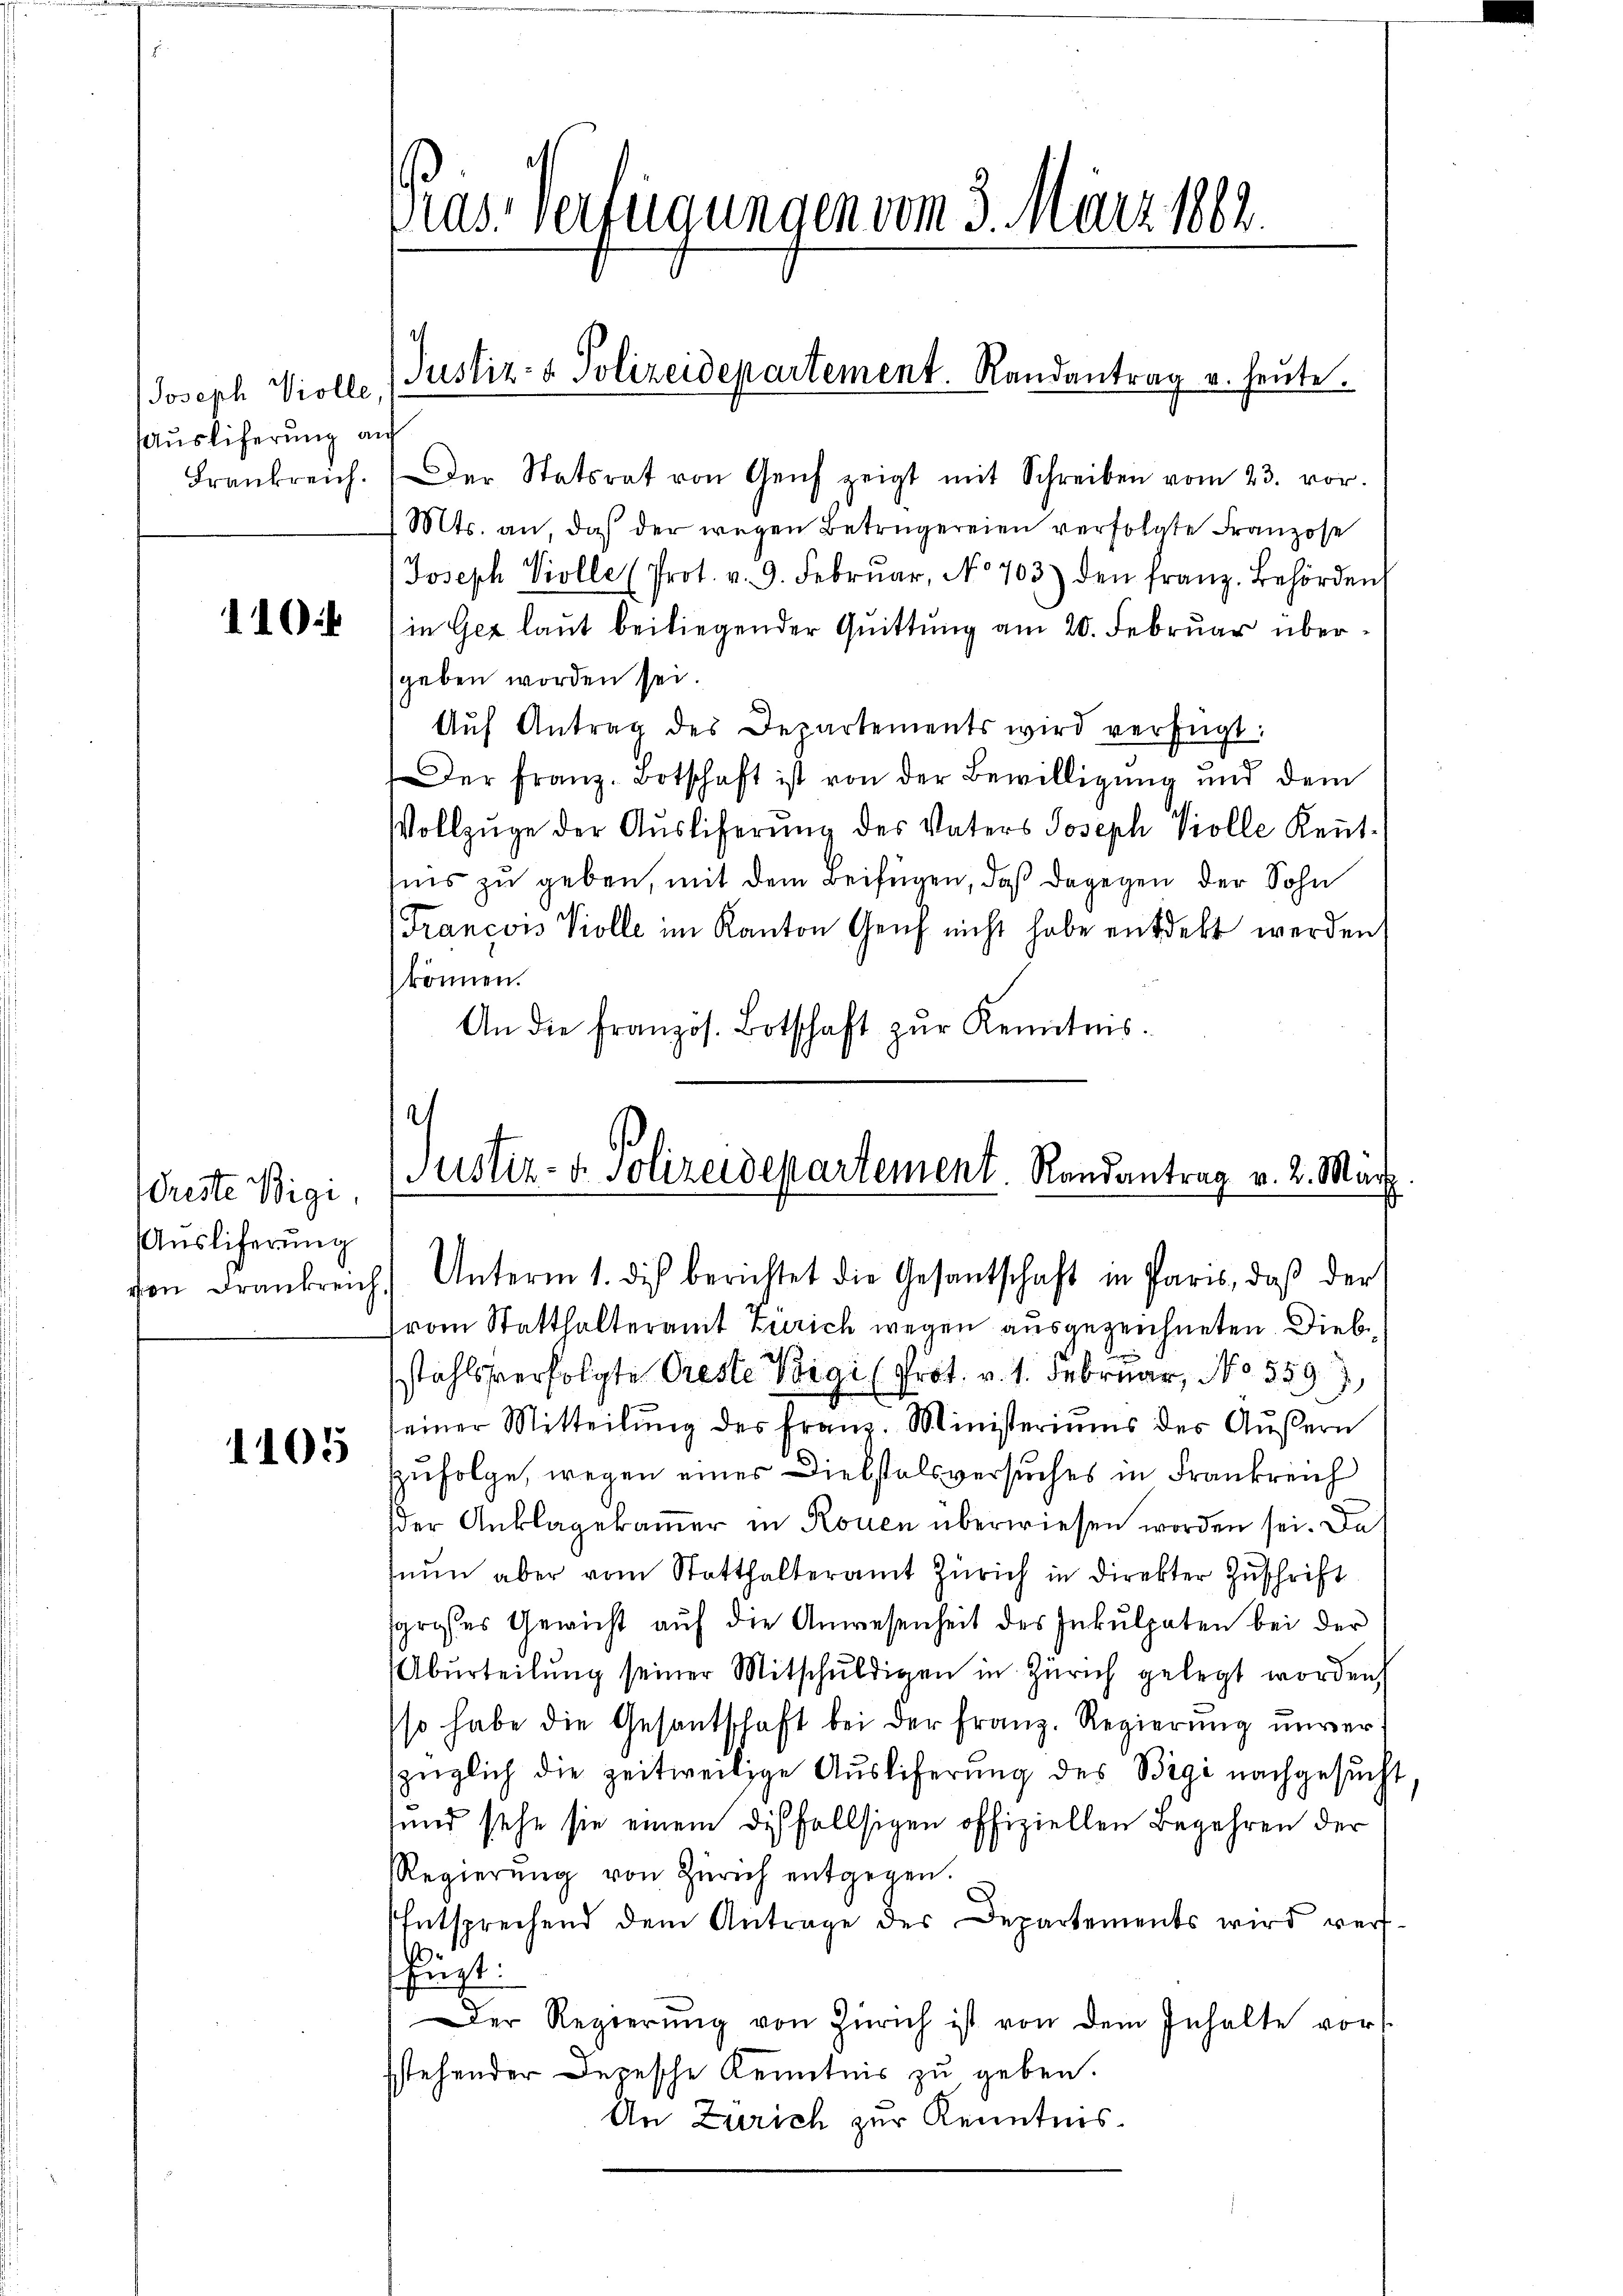
Joseph Violle.
Ausliferung an
Frankreich.

110.

reste Vigi
Auslicherung
vion dranken

1105

Der Statsrat von Genf zeigt mit Schreiben vom 23. vor.
Mts. an, daß der wegen Betrügereien verfolgte Franzose
Joseph Violle (Prot. v. 9. Febrŭar, No 703) den franz. Behörden
in Gez laut beiliegender Quittung am 20. Februar übergeben worden sei.
Aŭf Antrag des Departements wird verfügt:
Der franz. Botschaft ist von der Bewilligung und dem
Vollzüge der Auslieferung des Vaters Joseph Kolle Keṅt-
uns zu geben, mit dem Beifügen, daß dagegen der Sohn
Francois Kolle im Kanton Genf nicht habe entdekt werden
können.
An die französ. Botschaft zŭr Kenntnis.

das, verfügungen vom 3. März 1862.

Justiz- & Polizeidepartement. Randantrag u. heute.

e
Justiz- u. Polizeidepartement. Randantrag v. 2. März
h.) Unterm 1. die berichtet die Gesantschaft in Paris, daβ der

vom Statthalteramt Zürich wegen ausgezeichneten Diebstahlsverfolgte Preste Vigi (Prot. v. 1. Februar, No 559,
einer Mitteilŭng des Franz. Ministeriums des Äußern
zufolge, wegen eines Diebstalsversuches in Frankreich
der Anklagekammer in Rouen überwiesen worden sei. Da
nŭn aber vom Statthalteramt Zürich in direkter Zuschrift
grosses Gewicht aŭf die Anwesenheit des Inkulpaten bei der
Abŭrteilŭng seiner Mitschŭldigen in Zürich gelegt worden.
so habe die Gesantschaft bei der Franz. Regierŭng unver
züglich die zeitweilige Ausliferung des Begi nachgesucht
und sehe sie einem disfallsigen offiziellen Begehren der
Regierŭng von Zürich entgegen.
Entsprechend dem Antrage des Departements wird verf
fügt:
Der Regierŭng von Zürich ist von dem Inhalte vor
sstehender Depesche Kenntnis zu geben.
An Zürich zur Kenntnis.